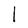
Character: l